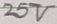
Text: 25V